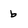
Character: b